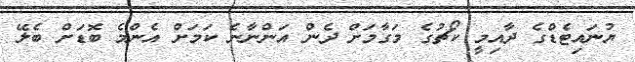
ޔުނައިޓެޑްގެ ދާއިމީ ކޯޗުގެ މަގާމަށް ދެން އަންނާނެ ކަމަށް އެންމެ ބޮޑަށް ބެލޭ